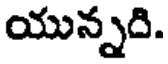
యున్నది.